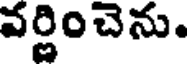
వర్ణించెను.